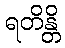
ရတိန္တိ